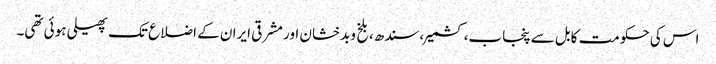
اس کی حکومت کابل سے پنجاب،کشمیر،سندھ،بلخ وبدخشان اور مشرقی ایران کے اضلاع تک پھیلی ہوئی تھی۔